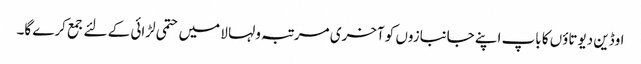
اوڈین دیوتاؤں کا باپ اپنے جانبازوں کو آخری مرتبہ ولہا لا میں حتمی لڑائی کے لئے جمع کرے گا۔